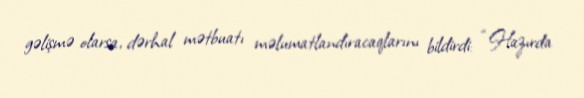
gəlişmə olarsa, dərhal mətbuatı məlumatlandıracaqlarını bildirdi: “Hazırda